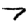
Digit: 7